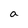
Character: a